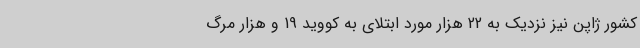
کشور ژاپن نیز نزدیک به 22 هزار مورد ابتلای به کووید 19 و هزار مرگ